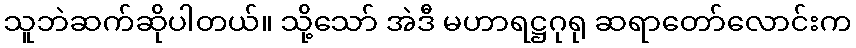
သူဘဲဆက်ဆိုပါတယ်။ သို့သော် အဲဒီ မဟာရဋ္ဌဂုရု ဆရာတော်လောင်းက